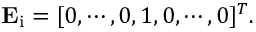
\mathbf { E } _ { \mathrm { i } } = [ 0 , \cdots , 0 , 1 , 0 , \cdots , 0 ] ^ { T } .